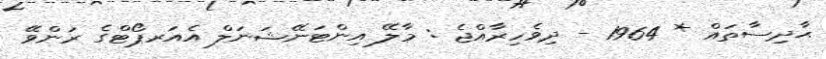
ޙާދިސާތައް * 1964 - ދިވެހިރާއްޖެ : މާލޭ އިންޓަނޭޝަނަލް އެއަރޕޯޓްގެ ރަންވޭ